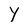
Character: Y